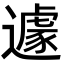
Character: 遽